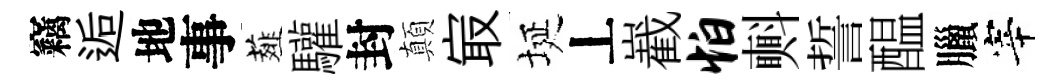
竊逅地事薤驩封顛㝡埏丄嶻怕㪺誓醖臘宰